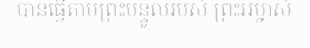
បានធ្វើតាមព្រះបន្ទូលរបស់ ព្រះអម្ចាស់